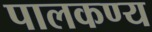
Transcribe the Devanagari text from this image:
पालकण्य